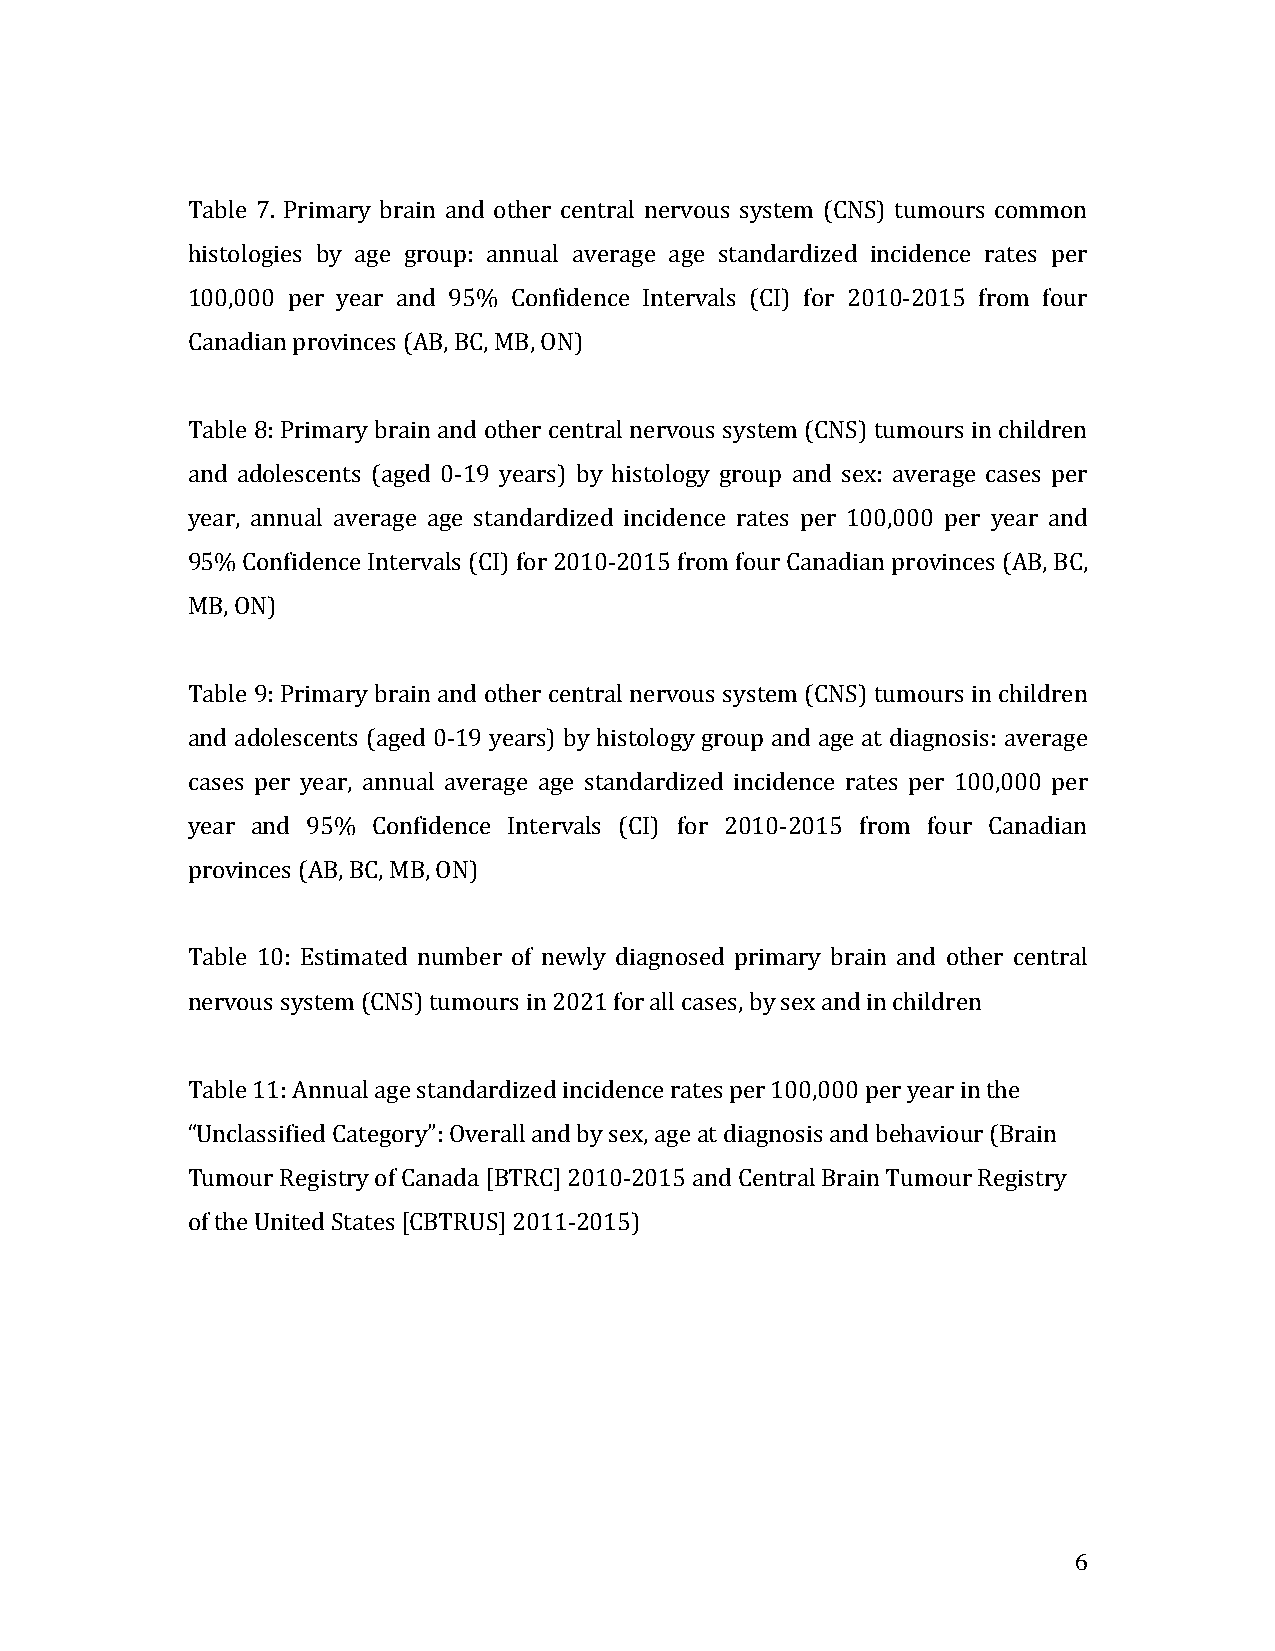
Table 7. Primary brain and other central nervous system (CNS) tumours common
 histologies by age group: annual average age standardized incidence rates per
 100,000 per year and 95% Confidence Intervals (CI) for 2010-2015 from four
 Canadian provinces (AB, BC, MB, ON)
 Table 8: Primary brain and other central nervous system (CNS) tumours in children
 and adolescents (aged 0-19 years) by histology group and sex: average cases per
 year, annual average age standardized incidence rates per 100,000 per year and
 95% Confidence Intervals (CI) for 2010-2015 from four Canadian provinces (AB, BC,
 MB, ON)
 Table 9: Primary brain and other central nervous system (CNS) tumours in children
 and adolescents (aged 0-19 years) by histology group and age at diagnosis: average
 cases per year, annual average age standardized incidence rates per 100,000 per
 year and 95% Confidence Intervals (CI) for 2010-2015 from four Canadian
 provinces (AB, BC, MB, ON)
 Table 10: Estimated number of newly diagnosed primary brain and other central
 nervous system (CNS) tumours in 2021 for all cases, by sex and in children
 Table 11: Annual age standardized incidence rates per 100,000 per year in the
 “Unclassified Category”: Overall and by sex, age at diagnosis and behaviour (Brain
 Tumour Registry of Canada [BTRC] 2010-2015 and Central Brain Tumour Registry
 of the United States [CBTRUS] 2011-2015)
 6